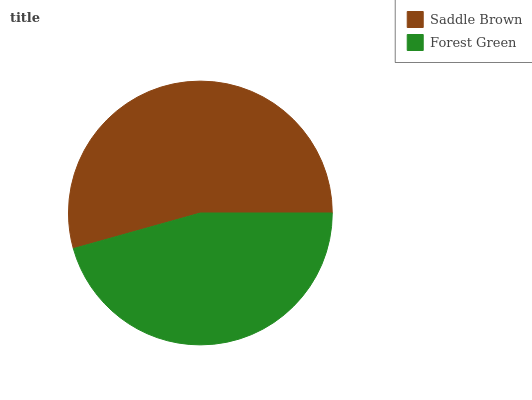
| Saddle Brown | Forest Green |
 | --- | --- |
 | 54.3% | 45.7% |